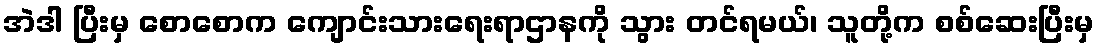
အဲဒါ ပြီးမှ စောစောက ကျောင်းသားရေးရာဌာနကို သွား တင်ရမယ်၊ သူတို့က စစ်ဆေးပြီးမှ